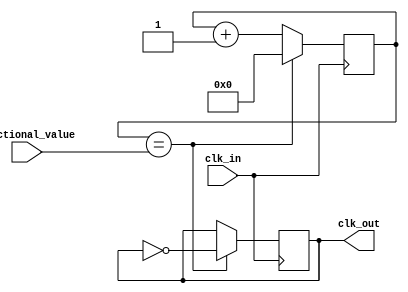
module fractional_clock_divider (
    input wire clk_in,
    input wire [7:0] fractional_value,
    output reg clk_out
);

reg [7:0] counter;
reg [7:0] divider;
reg [7:0] delay;

always @(posedge clk_in) begin
    counter <= counter + 1;
    
    if (counter == divider) begin
        counter <= 0;
        clk_out <= ~clk_out;
    end
end

always @(*) begin
    divider = fractional_value;
    delay = 0; // Adjustable delay value can be added here
end

endmodule